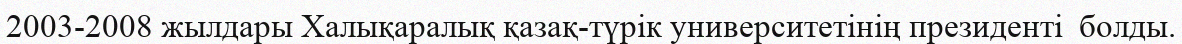
2003-2008 жылдары Халықаралық қазақ-түрік университетінің президенті  болды.